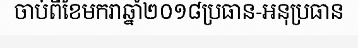
ចាប់ពីខែមករាឆ្នាំ២០១៨ប្រធាន-អនុប្រធាន